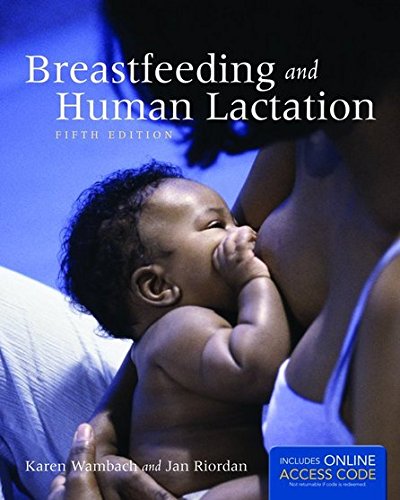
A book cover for Breastfeeding And Human Lactation; Karen Wambach; Medical Books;